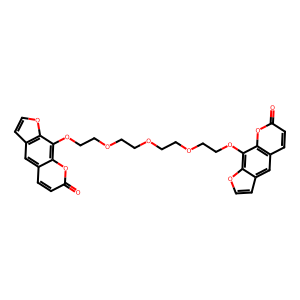
SMILES: O=c1ccc2cc3ccoc3c(OCCOCCOCCOCCOc3c4occc4cc4ccc(=O)oc34)c2o1
Inhibits HIV replication: No